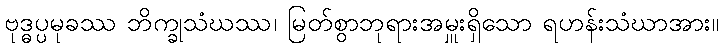
ဗုဒ္ဓပ္ပမုခဿ ဘိက္ခုသံဃဿ၊ မြတ်စွာဘုရားအမှူးရှိသော ရဟန်းသံဃာအား။